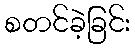
စတင်ခဲ့ခြင်း